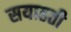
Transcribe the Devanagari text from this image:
सयाहती